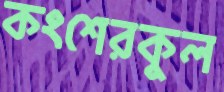
কংশেরকুল